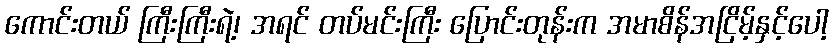
ကောင်းတယ် ကြီးကြီးရဲ့၊ အရင် တပ်မင်းကြီး ပြောင်းတုန်းက အမာစိန်အငြိမ့်နှင့်ပေါ့